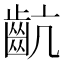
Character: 𪗜